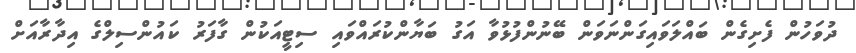
ދުވަހުން ފެށިގެން ބައްލަވައިގަންނަވަން ބޭނުންފުޅުވާ އަގު ބަޔާންކުރައްވައި ސިޓީއަކުން ގާފަރު ކައުންސިލްގެ އިދާރާއަށް